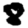
Digit: 8